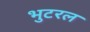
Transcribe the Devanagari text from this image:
भुटरल